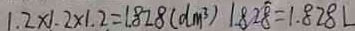
1 . 2 \times 1 . 2 \times 1 . 2 = 1 . 8 2 8 ( d m ^ { 3 } ) 1 8 2 8 = 1 . 8 2 8 L